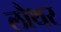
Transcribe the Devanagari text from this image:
लौथर